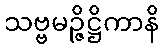
သဗ္ဗမဉ္ဇိဋ္ဌိကာနိ